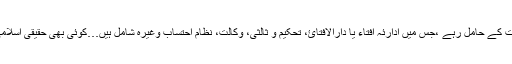
فقہ اسلامی میں نظام قضا کے علاوہ نیم عدالتی ادارے بھی اہمیت کے حامل رہے ،جس میں ادارئہ افتاء یا دارالافتائ، تحکیم و ثالثی، وکالت، نظام احتساب وغیرہ شامل ہیں…کوئی بھی حقیقی اسلامی ریاست مذکورہ نظامہائے عدل و سلطنت سے خالی نہیں رہا ۔